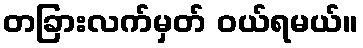
တခြားလက်မှတ် ဝယ်ရမယ်။